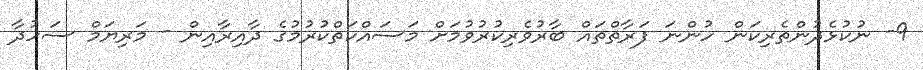
9- ނުކުޅެދުންތެރިކަން ހުންނަ ފަރާތްތައް ބާރުވެރިކުރުވުމަށް މަސައްކަތްކުރުމުގެ ދާއިރާއިން - މަރިޔަމް ސަހުދާ